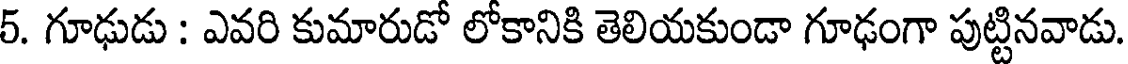
5. గూఢుడు : ఎవరి కుమారుడో లోకానికి తెలియకుండా గూఢంగా పుట్టినవాడు